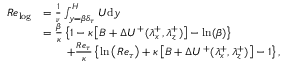
\begin{array} { r l } { R e _ { \mathrm { l o g } } } & { = \frac { 1 } { \nu } \int _ { y = { \beta } \delta _ { \tau } } ^ { H } U \mathrm { d } y } \\ & { = \frac { { \beta } } { \kappa } \left\{ 1 - \kappa \left[ B + \Delta U ^ { + } ( \lambda _ { x } ^ { + } , \lambda _ { z } ^ { + } ) \right] - \ln ( { \beta } ) \right\} } \\ & { \quad \quad + \frac { R e _ { \tau } } { \kappa } \left\{ \ln \left( R e _ { \tau } \right) + \kappa \left[ B + \Delta U ^ { + } ( \lambda _ { x } ^ { + } , \lambda _ { z } ^ { + } ) \right] - 1 \right\} , } \end{array}